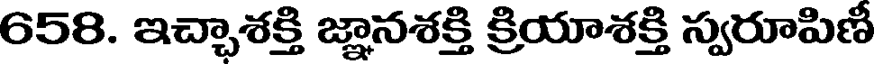
658. ఇచ్చాశక్తి జ్ఞానశక్తి క్రియాశక్తి స్వరూపిణి